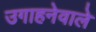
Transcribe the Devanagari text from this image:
उगाहनेवाले